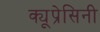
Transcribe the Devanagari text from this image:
क्यूप्रेसिनी